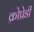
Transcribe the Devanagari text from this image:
क्रोप्रेडी